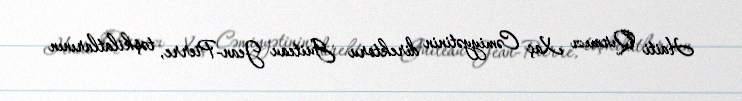
Haiti Qırmızı Xaç Cəmiyyətinin direktoru Guiteau Jean-Pierre, təşkilatlarının